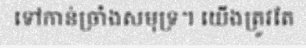
ទៅកាន់ច្រាំងសមុទ្រ។ យើងត្រូវតែ